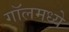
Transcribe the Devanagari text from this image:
गॉलमध्ये